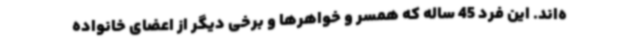
ه‌اند. این فرد 45 ساله که همسر و خواهرها و برخی دیگر از اعضای خانواده